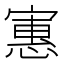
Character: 寭